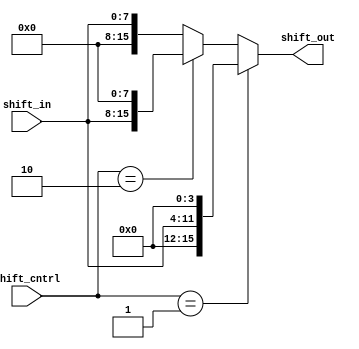
module shifter(
   output [15:0] shift_out,
   input  [7:0]  shift_in,
   input  [1:0]  shift_cntrl
);
 
reg [15:0] temp ;


always@(*)
begin
temp[15:8]=8'b00000000;
temp[7:0]=shift_in[7:0];

if(shift_cntrl == 2'b01)
begin
temp = {temp[11:0],4'b0000};
end


else if (shift_cntrl == 2'b10)
begin
temp = {temp[7:0],8'b0000};
end


end

assign shift_out = temp ;


endmodule 





module tb_shifter();

wire [15:0] dout ;
reg  [7:0]  din ;
reg  [1:0]  ctrl ;

initial
begin
$monitor("%b %b %b",din,ctrl,dout);
din=8'b11111111;
ctrl=2'b01;
#20
din=8'b10101010;
ctrl=2'b01;
#20
din=8'b11111111;
ctrl=2'b10;
#20
din=8'b11111111;
ctrl=2'b00;
#20
din=8'b11111111;
ctrl=2'b11;

end

shifter g1(dout,din,ctrl);


endmodule